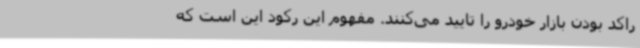
راکد بودن بازار خودرو را تایید می‌کنند. مفهوم این رکود این است که